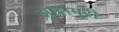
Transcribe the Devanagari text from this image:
झालमुरी